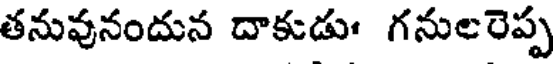
తనువునందున దాకుడుః గనులరెప్ప